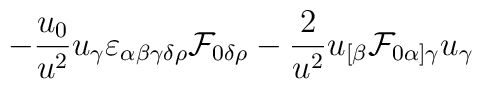
-{{u_0}\over{u^2}}u_\gamma\varepsilon_{\alpha\beta\gamma\delta\rho}{\cal F}_{0\delta\rho}-{2\over{u^2}} u_{[\beta}{\cal F}_{0\alpha]\gamma}u_\gamma